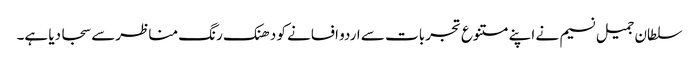
سلطان جمیل نسیم نے اپنے متنوع تجربات سے اردو افسانے کو دھنک رنگ مناظرسے سجا دیا ہے۔